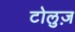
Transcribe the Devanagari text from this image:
टोलुज़